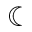
\leftmoon